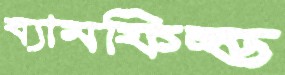
ব্যামফিল্ড